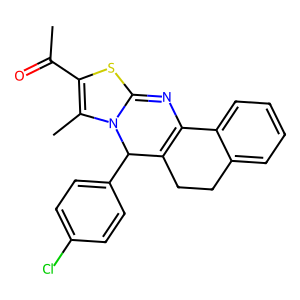
SMILES: CC(=O)C1=C(C)N2C(=NC3=C(CCc4ccccc43)C2c2ccc(Cl)cc2)S1
Inhibits HIV replication: No